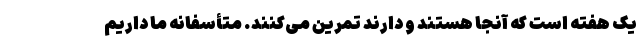
یک هفته است که آنجا هستند و دارند تمرین می‌کنند. متأسفانه ما داریم